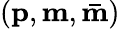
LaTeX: (\mathbf{p},\mathbf{m},\mathbf{\bar{m}})